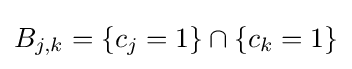
B_{j,k}=\{c_{j}=1\}\cap \{c_{k}=1\}